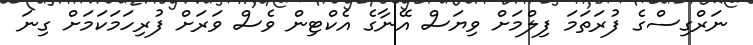
ނަރްގިސްގެ ފުރަތަމަ ފިލްމަށް ވިޔަސް އޭނާގެ އެކްޓިން ވެސް ވަރަށް ފުރިހަމަކަމަށް ގިނަ